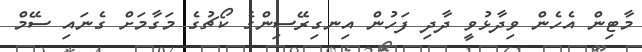
މާޓިން އެހެން ވިދާޅުވީ ދާދި ފަހުން އިނގިރޭސިންގެ ކޯޗުގެ މަގާމަށް ގެނައި ސޭމް